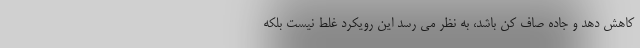
کاهش دهد و جاده صاف کن باشد، به نظر می رسد این رویکرد غلط نیست بلکه